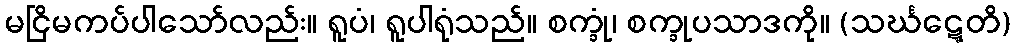
မငြိမကပ်ပါသော်လည်း။ ရူပံ၊ ရူပါရုံသည်။ စက္ခုံ၊ စက္ခုပသာဒကို။ (သင်္ဃဋ္ဋေတိ)